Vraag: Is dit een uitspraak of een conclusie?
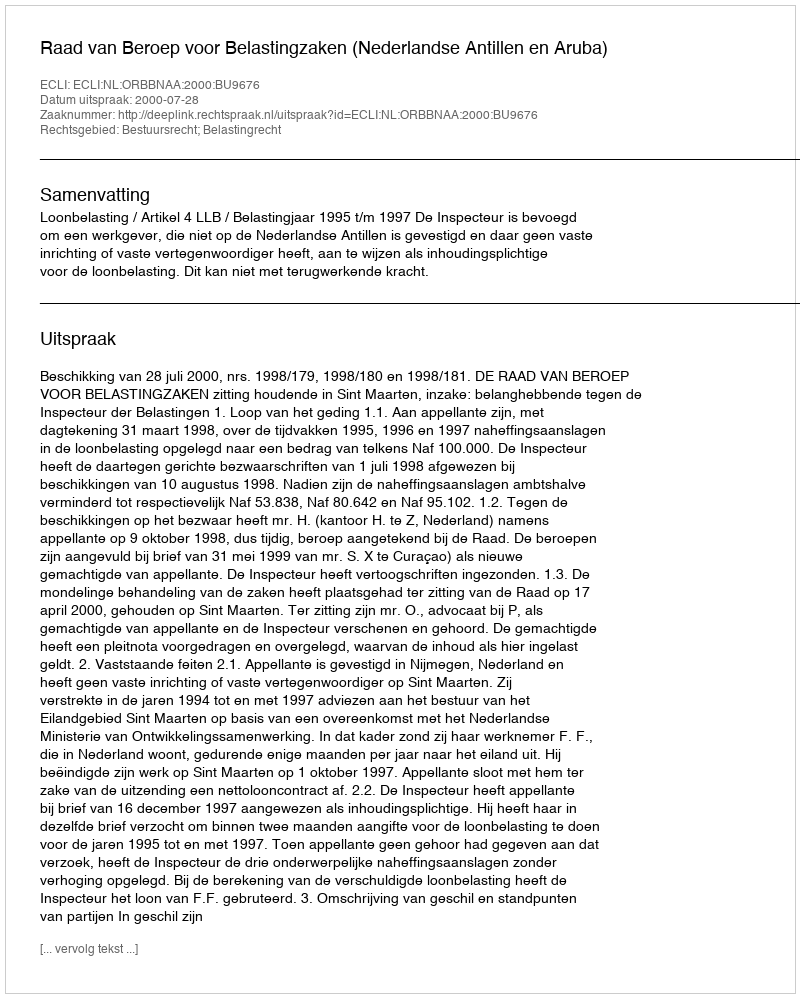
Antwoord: Uitspraak